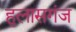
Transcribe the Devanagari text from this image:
हुलासगंज